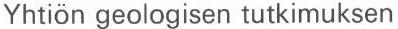
Yhtiön geologisen tutkimuksen